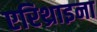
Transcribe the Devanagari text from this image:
एरिथ्राइना